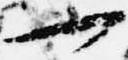
一